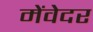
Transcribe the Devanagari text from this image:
मेंवेदर